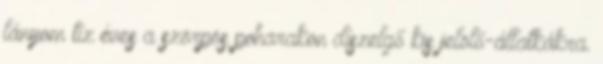
lányom tíz éves a szörpös poharakon díszelgő kis jelölő-állatkákra.